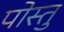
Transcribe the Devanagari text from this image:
पोस्तु